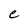
Character: e